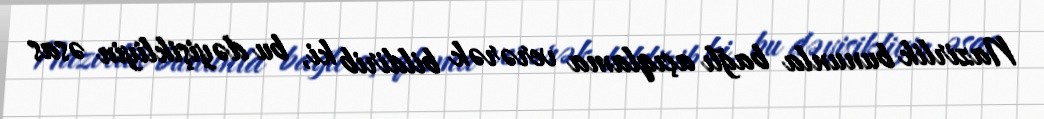
Nazirlik bununla bağlı açıqlama verərək bildirib ki, bu dəyişikliyin əsas